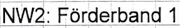
Text: NW2: Förderband 1